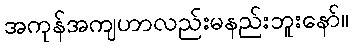
အကုန်အကျဟာလည်းမနည်းဘူးနော်။